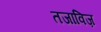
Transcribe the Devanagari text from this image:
तजाविज़